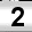
Digit: 2